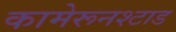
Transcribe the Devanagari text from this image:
कामेरूनश्टाड